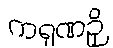
ကရုဏဉှိ